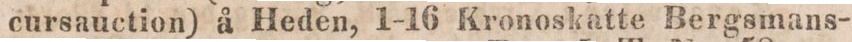
cursauction) å Heden, 1-16 Kronoskatte Bergsmans-